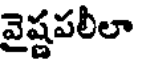
వైష్ణపలీలా